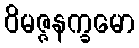
ဝိမဇ္ဇနက္ခမော